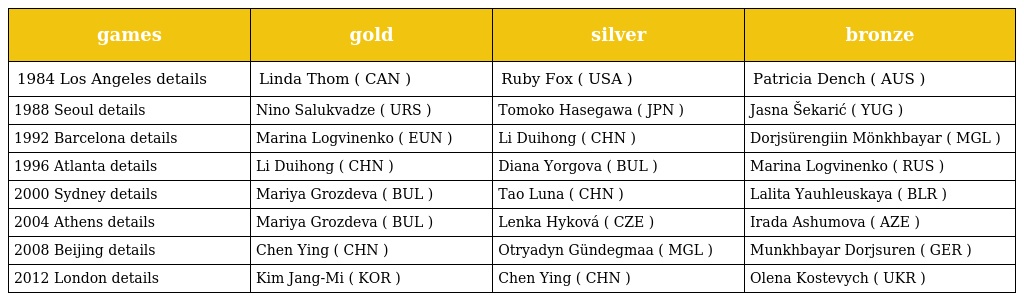
| games | gold | silver | bronze |
 | --- | --- | --- | --- |
 | 1984 Los Angeles details | Linda Thom ( CAN ) | Ruby Fox ( USA ) | Patricia Dench ( AUS ) |
 | 1988 Seoul details | Nino Salukvadze ( URS ) | Tomoko Hasegawa ( JPN ) | Jasna Šekarić ( YUG ) |
 | 1992 Barcelona details | Marina Logvinenko ( EUN ) | Li Duihong ( CHN ) | Dorjsürengiin Mönkhbayar ( MGL ) |
 | 1996 Atlanta details | Li Duihong ( CHN ) | Diana Yorgova ( BUL ) | Marina Logvinenko ( RUS ) |
 | 2000 Sydney details | Mariya Grozdeva ( BUL ) | Tao Luna ( CHN ) | Lalita Yauhleuskaya ( BLR ) |
 | 2004 Athens details | Mariya Grozdeva ( BUL ) | Lenka Hyková ( CZE ) | Irada Ashumova ( AZE ) |
 | 2008 Beijing details | Chen Ying ( CHN ) | Otryadyn Gündegmaa ( MGL ) | Munkhbayar Dorjsuren ( GER ) |
 | 2012 London details | Kim Jang-Mi ( KOR ) | Chen Ying ( CHN ) | Olena Kostevych ( UKR ) |